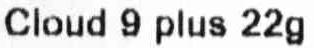
CLOUD 9 PLUS 22G